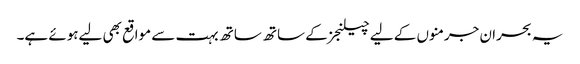
یہ بحران جرمنوں کے لیے چیلنجز کے ساتھ ساتھ بہت سے مواقع بھی لیےہوئے ہے۔